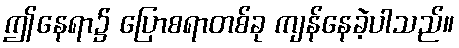
ဤနေရာ၌ ပြောစရာတစ်ခု ကျန်နေခဲ့ပါသည်။